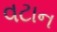
વટાન